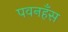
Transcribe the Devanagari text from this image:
पवनहँस